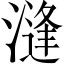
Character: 漨